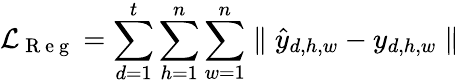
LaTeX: \mathcal{L}_{\mathrm{~R~e~g~}}=\sum_{d=1}^{t}\sum_{h=1}^{n}\sum_{w=1}^{n}\parallel\hat{y}_{d,h,w}-y_{d,h,w}\parallel